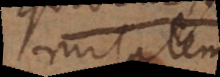
mitatem